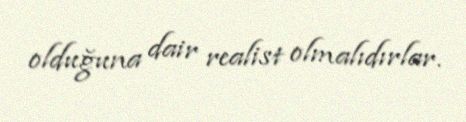
olduğuna dair realist olmalıdırlar.